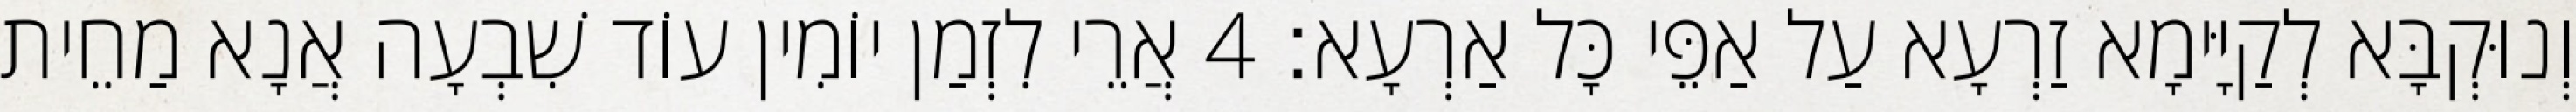
וְנוּקְבָּא לְקַיָּימָא זַרְעָא עַל אַפֵּי כָּל אַרְעָא׃ 4 אֲרֵי לִזְמַן יוֹמִין עוֹד שִׁבְעָה אֲנָא מַחֵית